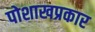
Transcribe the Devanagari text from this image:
पोशाखप्रकार